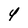
Character: 4